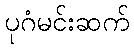
ပုဂံမင်းဆက်